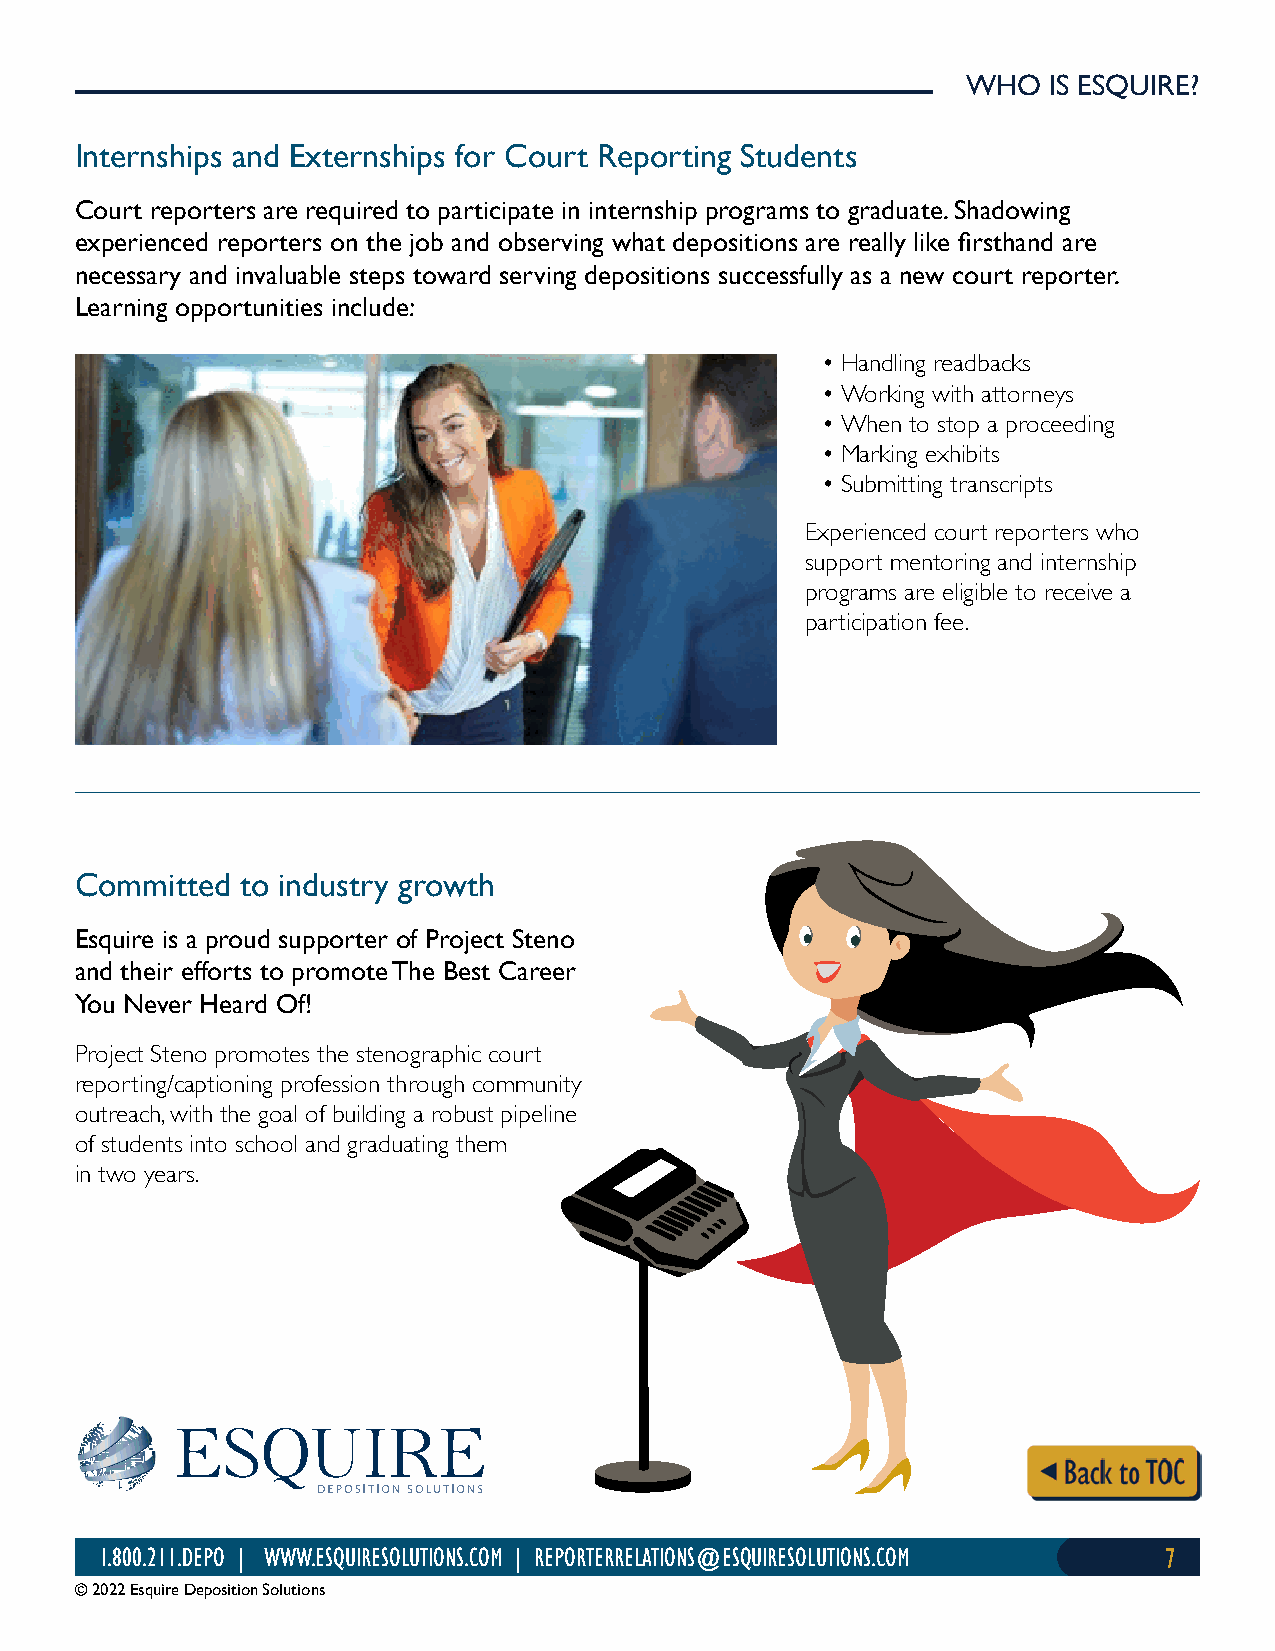
WHO  IS ESQUIRE?
 Internships and Externships for Court Reporting Students
 Court reporters are required to participate in internship programs to graduate. Shadowing
 experienced reporters on the job and observing what depositions are really like firsthand are
 necessary and invaluable steps toward serving depositions successfully as a new court reporter.
 Learning opportunities include:
 • Handling readbacks
 • Working with attorneys
 • When to stop a proceeding
 • Marking exhibits
 • Submitting transcripts
 Experienced court reporters who
 support mentoring and internship
 programs are eligible to receive a
 participation fee.
 Committed  to industry growth
 Esquire is a proud supporter of Project Steno
 and their efforts to promote The Best Career
 You Never Heard Of!
 Project Steno promotes the stenographic court
 reporting/captioning profession through community
 outreach, with the goal of building a robust pipeline
 of students into school and graduating them
 in two years.
 1.800.211.DEPO | WWW.ESQUIRESOLUTIONS.COM | REPORTERRELATIONS@ESQUIRESOLUTIONS.COM 7
 © 2022 Esquire Deposition Solutions